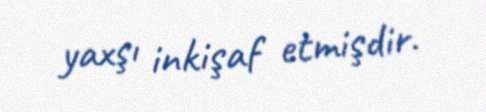
yaxşı inkişaf etmişdir.